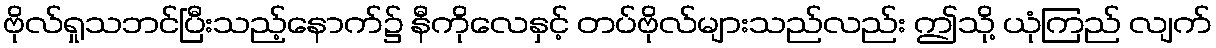
ဗိုလ်ရှုသဘင်ပြီးသည့်နောက်၌ နီကိုလေနှင့် တပ်ဗိုလ်များသည်လည်း ဤသို့ ယုံကြည် လျက်